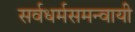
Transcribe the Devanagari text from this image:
सर्वधर्मसमन्‍वायी